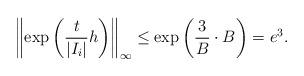
LaTeX: \begin{align*} \left\| \exp \left( \frac{t}{|I_i|} h \right) \right\|_{\infty} \leq \exp \left( \frac{3}{B} \cdot B \right) = e^3.\end{align*}